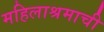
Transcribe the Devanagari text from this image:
महिलाश्रमाची